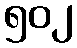
၅၀၂